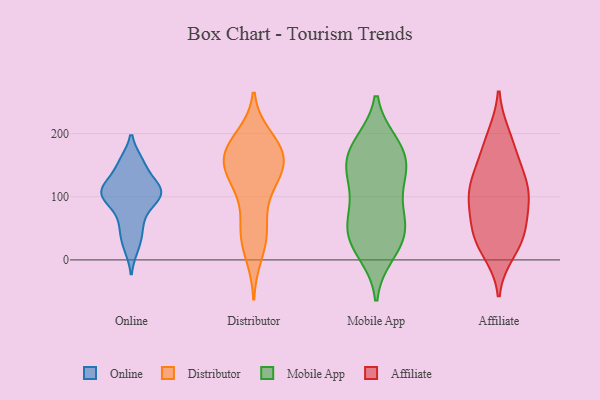
{"axis": {"x": "Bounce Rate (%)", "y": "Value"}, "legend": ["Affiliate", "Distributor", "Mobile App", "Online"], "data": [{"x": "", "y": 117, "type": "Online"}, {"x": "", "y": 109, "type": "Online"}, {"x": "", "y": 20, "type": "Online"}, {"x": "", "y": 155, "type": "Online"}, {"x": "", "y": 108, "type": "Online"}, {"x": "", "y": 61, "type": "Online"}, {"x": "", "y": 123, "type": "Online"}, {"x": "", "y": 43, "type": "Online"}, {"x": "", "y": 103, "type": "Online"}, {"x": "", "y": 154, "type": "Online"}, {"x": "", "y": 90, "type": "Online"}, {"x": "", "y": 96, "type": "Online"}, {"x": "", "y": 168, "type": "Distributor"}, {"x": "", "y": 123, "type": "Distributor"}, {"x": "", "y": 118, "type": "Distributor"}, {"x": "", "y": 10, "type": "Distributor"}, {"x": "", "y": 175, "type": "Distributor"}, {"x": "", "y": 155, "type": "Distributor"}, {"x": "", "y": 48, "type": "Distributor"}, {"x": "", "y": 51, "type": "Distributor"}, {"x": "", "y": 177, "type": "Distributor"}, {"x": "", "y": 123, "type": "Distributor"}, {"x": "", "y": 164, "type": "Distributor"}, {"x": "", "y": 142, "type": "Distributor"}, {"x": "", "y": 192, "type": "Distributor"}, {"x": "", "y": 38, "type": "Distributor"}, {"x": "", "y": 169, "type": "Distributor"}, {"x": "", "y": 147, "type": "Mobile App"}, {"x": "", "y": 59, "type": "Mobile App"}, {"x": "", "y": 182, "type": "Mobile App"}, {"x": "", "y": 10, "type": "Mobile App"}, {"x": "", "y": 36, "type": "Mobile App"}, {"x": "", "y": 53, "type": "Mobile App"}, {"x": "", "y": 61, "type": "Mobile App"}, {"x": "", "y": 185, "type": "Mobile App"}, {"x": "", "y": 129, "type": "Mobile App"}, {"x": "", "y": 17, "type": "Mobile App"}, {"x": "", "y": 184, "type": "Mobile App"}, {"x": "", "y": 80, "type": "Mobile App"}, {"x": "", "y": 146, "type": "Mobile App"}, {"x": "", "y": 139, "type": "Mobile App"}, {"x": "", "y": 33, "type": "Mobile App"}, {"x": "", "y": 161, "type": "Mobile App"}, {"x": "", "y": 106, "type": "Mobile App"}, {"x": "", "y": 148, "type": "Affiliate"}, {"x": "", "y": 52, "type": "Affiliate"}, {"x": "", "y": 142, "type": "Affiliate"}, {"x": "", "y": 94, "type": "Affiliate"}, {"x": "", "y": 14, "type": "Affiliate"}, {"x": "", "y": 98, "type": "Affiliate"}, {"x": "", "y": 117, "type": "Affiliate"}, {"x": "", "y": 45, "type": "Affiliate"}, {"x": "", "y": 185, "type": "Affiliate"}, {"x": "", "y": 32, "type": "Affiliate"}, {"x": "", "y": 33, "type": "Affiliate"}, {"x": "", "y": 109, "type": "Affiliate"}, {"x": "", "y": 94, "type": "Affiliate"}, {"x": "", "y": 195, "type": "Affiliate"}]}